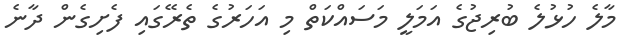
މާލެ ހުޅުލެ ބުރިޖުގެ އަމަލީ މަސައްކަތް މި އަހަރުގެ ތެރޭގައި ފެށިގެން ދާނެ